Annual report on the mental hospital in the Central Provinces and Berar (Nagpur) - 1927-1951
Year: 1927
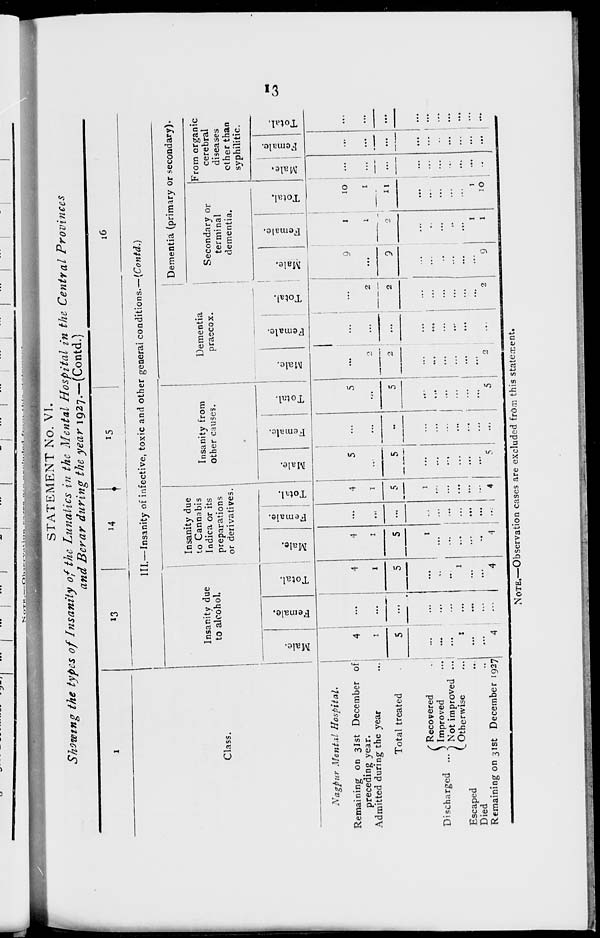
13
STATEMENT No. VI.
Showing the types of Insanity of the Lunatics in the Mental Hospital in the Central Provinces
and Berar during the year 1927.—(Contd.)
1
Class.
Nagpur Mental Hospital.
Remaining on 31st December of
preceding year.
Admitted during the year ...
Total treated ...
Discharged ...
Recovered ...
Improved ...
Not improved ...
Otherwise
Escaped ...
Died ...
Remaining on 31st December 1927
13
14
15
16
III.— Insanity of infective, toxic and other general conditions.—(Contd.)
Insanity due
to alcohol.
Male.
4
1
5
...
...
...
1
...
...
4
Female.
...
...
...
...
...
...
...
...
...
...
Total.
4
1
5
...
...
...
1
...
...
4
Insanity due
to Cannabis
Indica or its
preparations
or derivatives.
Male.
4
1
5
1
...
...
...
...
...
4
Female.
...
...
...
...
...
...
...
...
...
...
Total.
4
1
5
1
.....
...
...
...
...
4
Insanity from
Other causes.
Male.
5
...
5
...
...
...
...
...
...
5
Female.
...
...
...
...
...
...
...
...
...
...
Total.
5
...
5
...
...
...
...
...
...
5
Dementia
praecox.
Male.
...
2
2
...
...
...
...
...
...
2
Female.
...
...
...
...
...
...
...
...
...
...
Total.
...
2
2
...
...
...
...
...
...
2
Dementia (primary or secondary).
Secondary or
terminal
dementia.
Male.
9
...
9
...
...
...
...
...
...
9
Female.
1
1
2
...
...
...
...
...
1
1
Total.
10
1
11
...
...
...
...
...
1
10
From organic
cerebral
diseases
other than
syphilitic.
Male.
...
...
...
...
...
...
...
...
...
...
Female.
...
...
...
...
...
..
...
...
...
...
Total.
...
...
...
...
...
...
...
...
...
...
NOTE.—Observation cases are excluded from this statement.